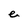
Character: e